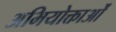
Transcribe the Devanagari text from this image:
अभियोक्ताओं